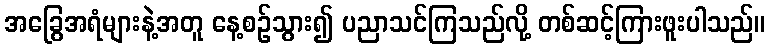
အခြွေအရံများနဲ့အတူ နေ့စဉ်သွား၍ ပညာသင်ကြသည်လို့ တစ်ဆင့်ကြားဖူးပါသည်။